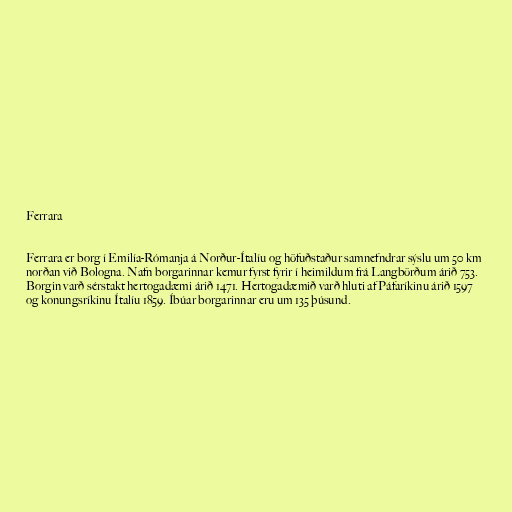
Ferrara

Ferrara er borg í Emilía-Rómanja á Norður-Ítalíu og höfuðstaður samnefndrar sýslu um 50 km
norðan við Bologna. Nafn borgarinnar kemur fyrst fyrir í heimildum frá Langbörðum árið 753.
Borgin varð sérstakt hertogadæmi árið 1471. Hertogadæmið varð hluti af Páfaríkinu árið 1597
og konungsríkinu Ítalíu 1859. Íbúar borgarinnar eru um 135 þúsund.